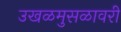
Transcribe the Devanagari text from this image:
उखळमुसळावरी